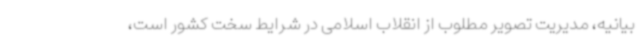
بیانیه، مدیریت تصویر مطلوب از انقلاب اسلامی در شرایط سخت کشور است،